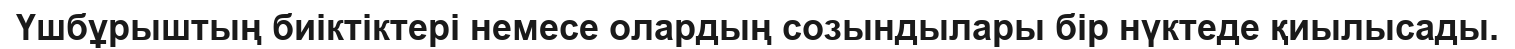
Үшбұрыштың биіктіктері немесе олардың созындылары бір нүктеде қиылысады.